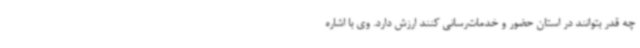
چه قدر بتوانند در استان حضور و خدمات‌رسانی کنند ارزش دارد. وی با اشاره